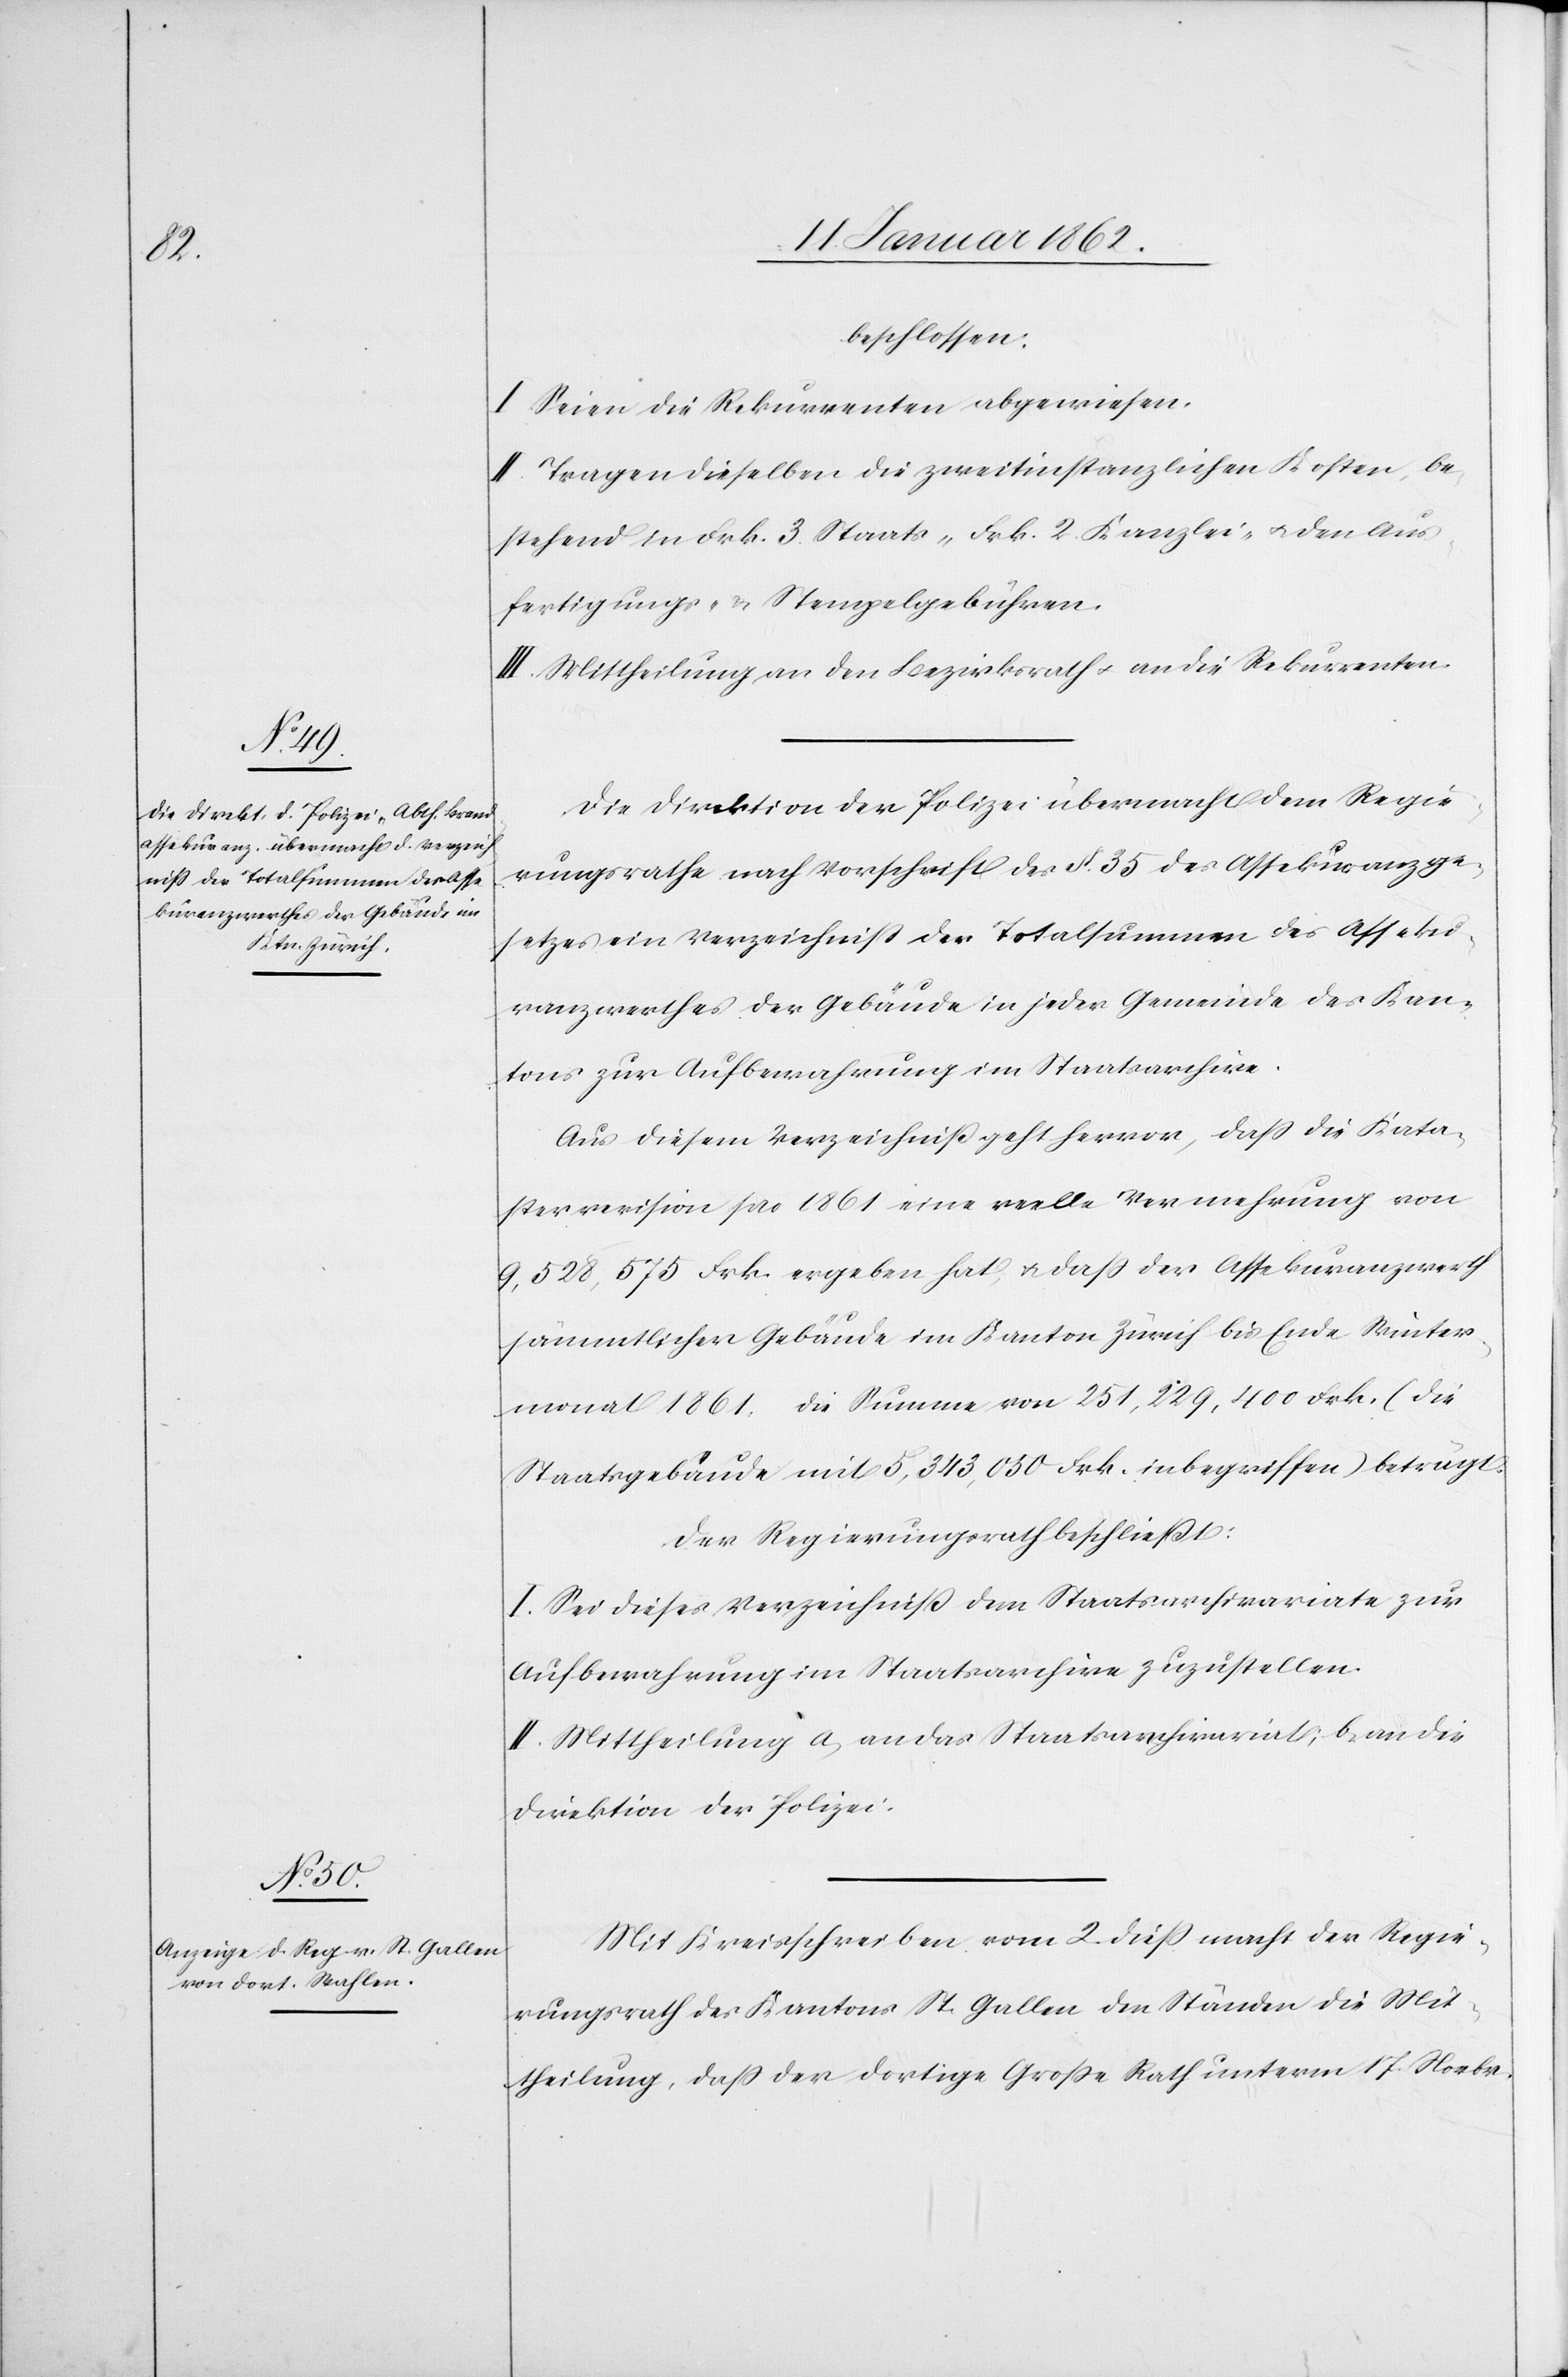
beschlossen:
I. Seien die Rekurrenten abgewiesen.
II. Tragen dieselben die zweitinstanzlichen Kosten, be¬
stehend in Frk. 3. Staats- Frk. 2. Kanzlei- u. den Aus¬
fertigungs- u. Stempelgebühren.
III. Mittheilung an den Bezirksrath u. an die Rekurrenten.
Die Direktion der Polizei übermacht dem Regie¬
rungsrathe nach Vorschrift des §. 35 des Assekuranzge¬
setzes ein Verzeichniß der Totalsummen des Asseku¬
ranzwerthes der Gebäude in jeder Gemeinde des Kan¬
tons zur Aufbewahrung im Staatsarchive.
Aus diesem Verzeichniß geht hervor, daß die Kata¬
sterrevision pro 1861 eine reelle Vermehrung von
9,528,575 Frk. ergeben hat, u. daß der Assekuranzwerth
sämmtlicher Gebäude im Kanton Zürich bis Ende Winters¬
monat 1861. die Summe von 251,229,400 Frk. (die
Staatsgebäude mit 5,343,050 Frk. inbegriffen) beträgt.
Der Regierungsrath beschließt:
I. Sei dieses Verzeichniß dem Staatsarchivariate zur
Aufbewahrung im Staatsarchive zuzustellen.
II. Mittheilung a) an das Staatsarchivariate; b) an die
Direktion der Polizei.
Mit Kreisschreiben vom 2. dieß macht der Regie¬
rungsrath des Kantons St. Gallen den Ständen die Mit¬
theilung, daß der dortige Große Rath unterm 17. Novbr.